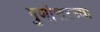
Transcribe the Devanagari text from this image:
गुणोत्तरच्या